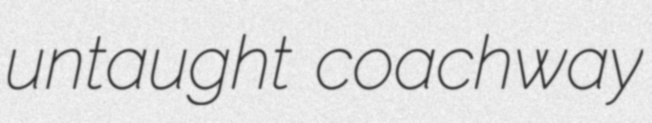
untaught coachway